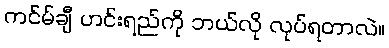
ကင်မ်ချီ ဟင်းရည်ကို ဘယ်လို လုပ်ရတာလဲ။